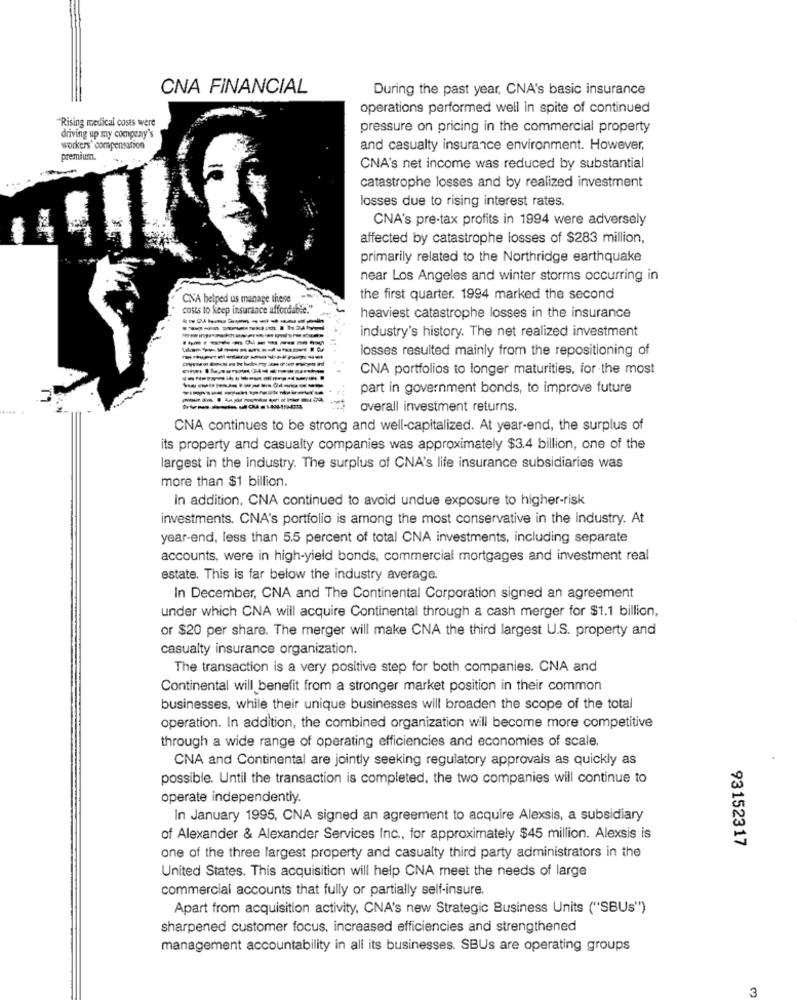
CNA FINANCIAL
During the past year, CNA's basic insurance
operations performed well in spite of continued
Rising medical costs were
pressure on pricing in the commercial property
driving up my company's
workers' compensation
and casualty insurance environment. However,
premium.
CNA's net income was reduced by substantial
catastrophe losses and by realized investment
losses due to rising interest rates.
CNA's pre-tax profits in 1994 were adversely
affected by catastrophe losses of $283 million,
primarily related to the Northridge earthquake
near Los Angeles and winter storms occurring in
CNA helped us manage these
the first quarter. 1994 marked the second
costs to keep insurance affordable."
heaviest catastrophe losses in the insurance
industry's history. The net realized investment
losses resulted mainly from the repositioning of
----------
CNA portfolios to longer maturities, for the most
--------------
part in government bonds, to improve future
overall investment returns.
CNA continues to be strong and well-capitalized. At year-end, the surplus of
its property and casualty companies was approximately $3.4 billion, one of the
largest in the industry. The surplus of CNA's life insurance subsidiaries was
more than $1 billion.
In addition, CNA continued to avoid undue exposure to higher-risk
investments. CNA's portfolio is among the most conservative in the industry. At
year-end, less than 5.5 percent of total CNA investments, including separate
accounts, were in high-yield bonds, commercial mortgages and investment real
estate. This is far below the industry average.
In December, CNA and The Continental Corporation signed an agreement
under which CNA will acquire Continental through a cash merger for $1.1 billion,
or $20 per share. The merger will make CNA the third largest U.S. property and
casualty insurance organization.
The transaction is a very positive step for both companies. CNA and
Continental will benefit from a stronger market position in their common
businesses, while their unique businesses will broaden the scope of the total
operation. In addition, the combined organization will become more competitive
through a wide range of operating efficiencies and economies of scale.
CNA and Continental are jointly seeking regulatory approvals as quickly as
possible. Until the transaction is completed, the two companies will continue to
operate independently.
In January 1995, CNA signed an agreement to acquire Alexsis, a subsidiary
of Alexander & Alexander Services Inc ., for approximately $45 million. Alexsis is
93152317
one of the three largest property and casualty third party administrators in the
United States. This acquisition will help CNA meet the needs of large
commercial accounts that fully or partially self-insure.
Apart from acquisition activity, CNA's new Strategic Business Units ("SBUs")
sharpened customer focus, increased efficiencies and strengthened
management accountability in all its businesses. SBUs are operating groups
3